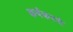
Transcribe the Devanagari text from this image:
कर्यकरमो